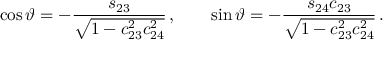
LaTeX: \cos \vartheta = - \frac { s _ { 2 3 } } { \sqrt { 1 - c _ { 2 3 } ^ { 2 } c _ { 2 4 } ^ { 2 } } } \, , \qquad \sin \vartheta = - \frac { s _ { 2 4 } c _ { 2 3 } } { \sqrt { 1 - c _ { 2 3 } ^ { 2 } c _ { 2 4 } ^ { 2 } } } \, .